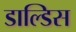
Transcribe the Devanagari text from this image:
डाल्डिस